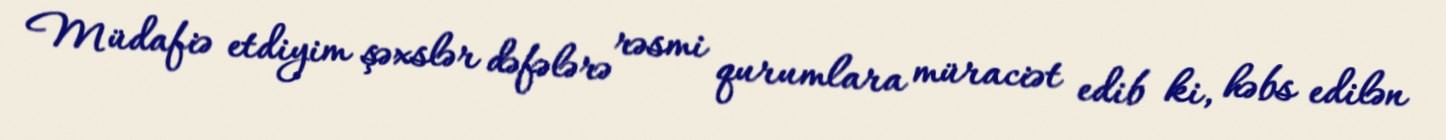
Müdafiə etdiyim şəxslər dəfələrə rəsmi qurumlara müraciət edib ki, həbs edilən